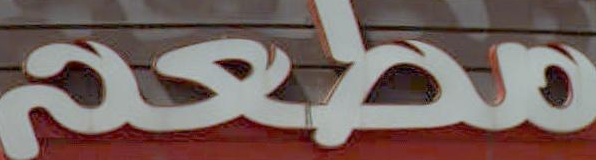
مطعم